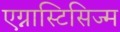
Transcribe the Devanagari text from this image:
एग्नास्टिसिज्म